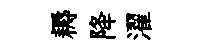
耨降濯